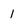
Character: 1